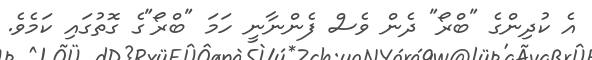
އެ ކުދިންގެ "ބްރޯ" ދެން ވެސް ފެންނާނީ ހަމަ "ބްރޯ"ގެ ގޮތުގައި ކަމެވެ.